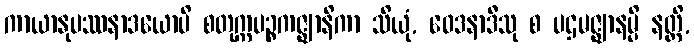
ကာယာနုပဿနာဒယောပိ စတုက္ကပဉ္စကဇ္ဈာနိကာ သိယုံ, ဝေဒနာဒီသု စ ပဌမဇ္ဈာနမ္ပိ နတ္ထိ,